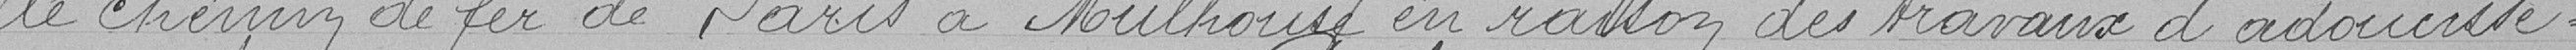
le chemin de fer de Paris à Mulhouse en raison des travaux d'adoucisse-